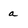
Character: a